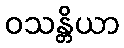
ဝသန္တိယာ